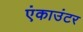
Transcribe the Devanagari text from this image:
एंकाउंटर